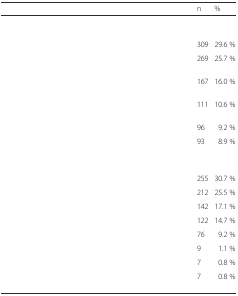
<table><thead><tr><td>[EMPTY_CELL]</td><td><b>n</b></td><td><b>%</b></td></tr></thead><tbody><tr><td>[EMPTY_CELL]</td><td>[EMPTY_CELL]</td><td>[EMPTY_CELL]</td></tr><tr><td>[EMPTY_CELL]</td><td>309</td><td>29.6 %</td></tr><tr><td>[EMPTY_CELL]</td><td>269</td><td>25.7 %</td></tr><tr><td>[EMPTY_CELL]</td><td>167</td><td>16.0 %</td></tr><tr><td>[EMPTY_CELL]</td><td>111</td><td>10.6 %</td></tr><tr><td>[EMPTY_CELL]</td><td>96</td><td>9.2 %</td></tr><tr><td>[EMPTY_CELL]</td><td>93</td><td>8.9 %</td></tr><tr><td>[EMPTY_CELL]</td><td>[EMPTY_CELL]</td><td>[EMPTY_CELL]</td></tr><tr><td>[EMPTY_CELL]</td><td>255</td><td>30.7 %</td></tr><tr><td>[EMPTY_CELL]</td><td>212</td><td>25.5 %</td></tr><tr><td>[EMPTY_CELL]</td><td>142</td><td>17.1 %</td></tr><tr><td>[EMPTY_CELL]</td><td>122</td><td>14.7 %</td></tr><tr><td>[EMPTY_CELL]</td><td>76</td><td>9.2 %</td></tr><tr><td>[EMPTY_CELL]</td><td>9</td><td>1.1 %</td></tr><tr><td>[EMPTY_CELL]</td><td>7</td><td>0.8 %</td></tr><tr><td>[EMPTY_CELL]</td><td>7</td><td>0.8 %</td></tr></tbody></table>